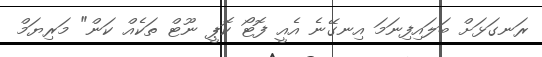
ރަނގަޅަށް ބަލައިފިނަމަ އިނގޭނެ އެއީ ފޮޓޯ ކޮޕީ ނޫޓް ތަކެއް ކަން" މަރިޔަމް